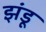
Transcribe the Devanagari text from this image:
झंडू